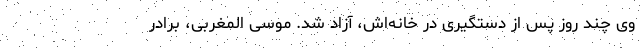
وی چند روز پس از دستگیری در خانه‌اش، آزاد شد. موسی المغربی، برادر